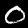
Label: 0